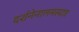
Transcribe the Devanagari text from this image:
दर्शनेनालमस्यात्र